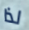
لذا